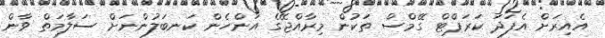
އެއިރަށް އެފަދަ ކަރަޕްޓް ގޭމްސް ތަކުން މިރާއްޖޭގެ އަންހެން ކަނބަލުންނަށް ސަލާމަތް ވާން